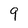
Character: 9